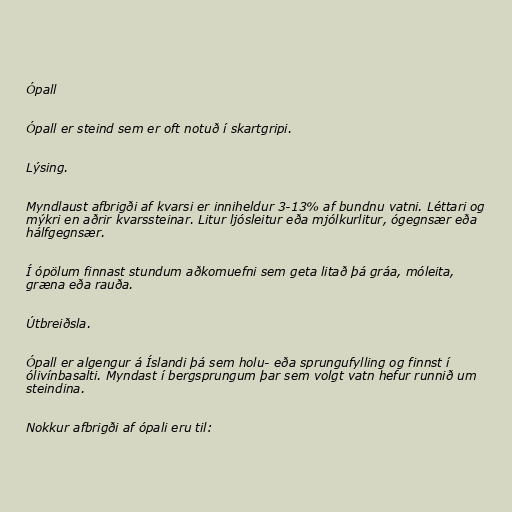
Ópall

Ópall er steind sem er oft notuð í skartgripi.

Lýsing.

Myndlaust afbrigði af kvarsi er inniheldur 3-13% af bundnu vatni. Léttari og
mýkri en aðrir kvarssteinar. Litur ljósleitur eða mjólkurlitur, ógegnsær eða
hálfgegnsær.

Í ópölum finnast stundum aðkomuefni sem geta litað þá gráa, móleita,
græna eða rauða.

Útbreiðsla.

Ópall er algengur á Íslandi þá sem holu- eða sprungufylling og finnst í
ólivínbasalti. Myndast í bergsprungum þar sem volgt vatn hefur runnið um
steindina.

Nokkur afbrigði af ópali eru til: